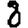
Digit: 8